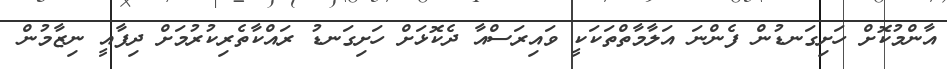
އާންމުކޮށް ހަށިގަނޑުން ފެންނަ އަލާމާތްތަކަކީ ވައިރަސްއާ ދެކޮޅަށް ހަށިގަނޑު ރައްކާތެރިކުރުމަށް ދިފާއީ ނިޒާމުން